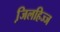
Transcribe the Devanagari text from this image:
जि़लहिज्ज